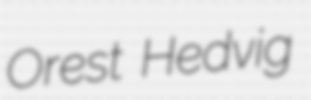
Orest Hedvig